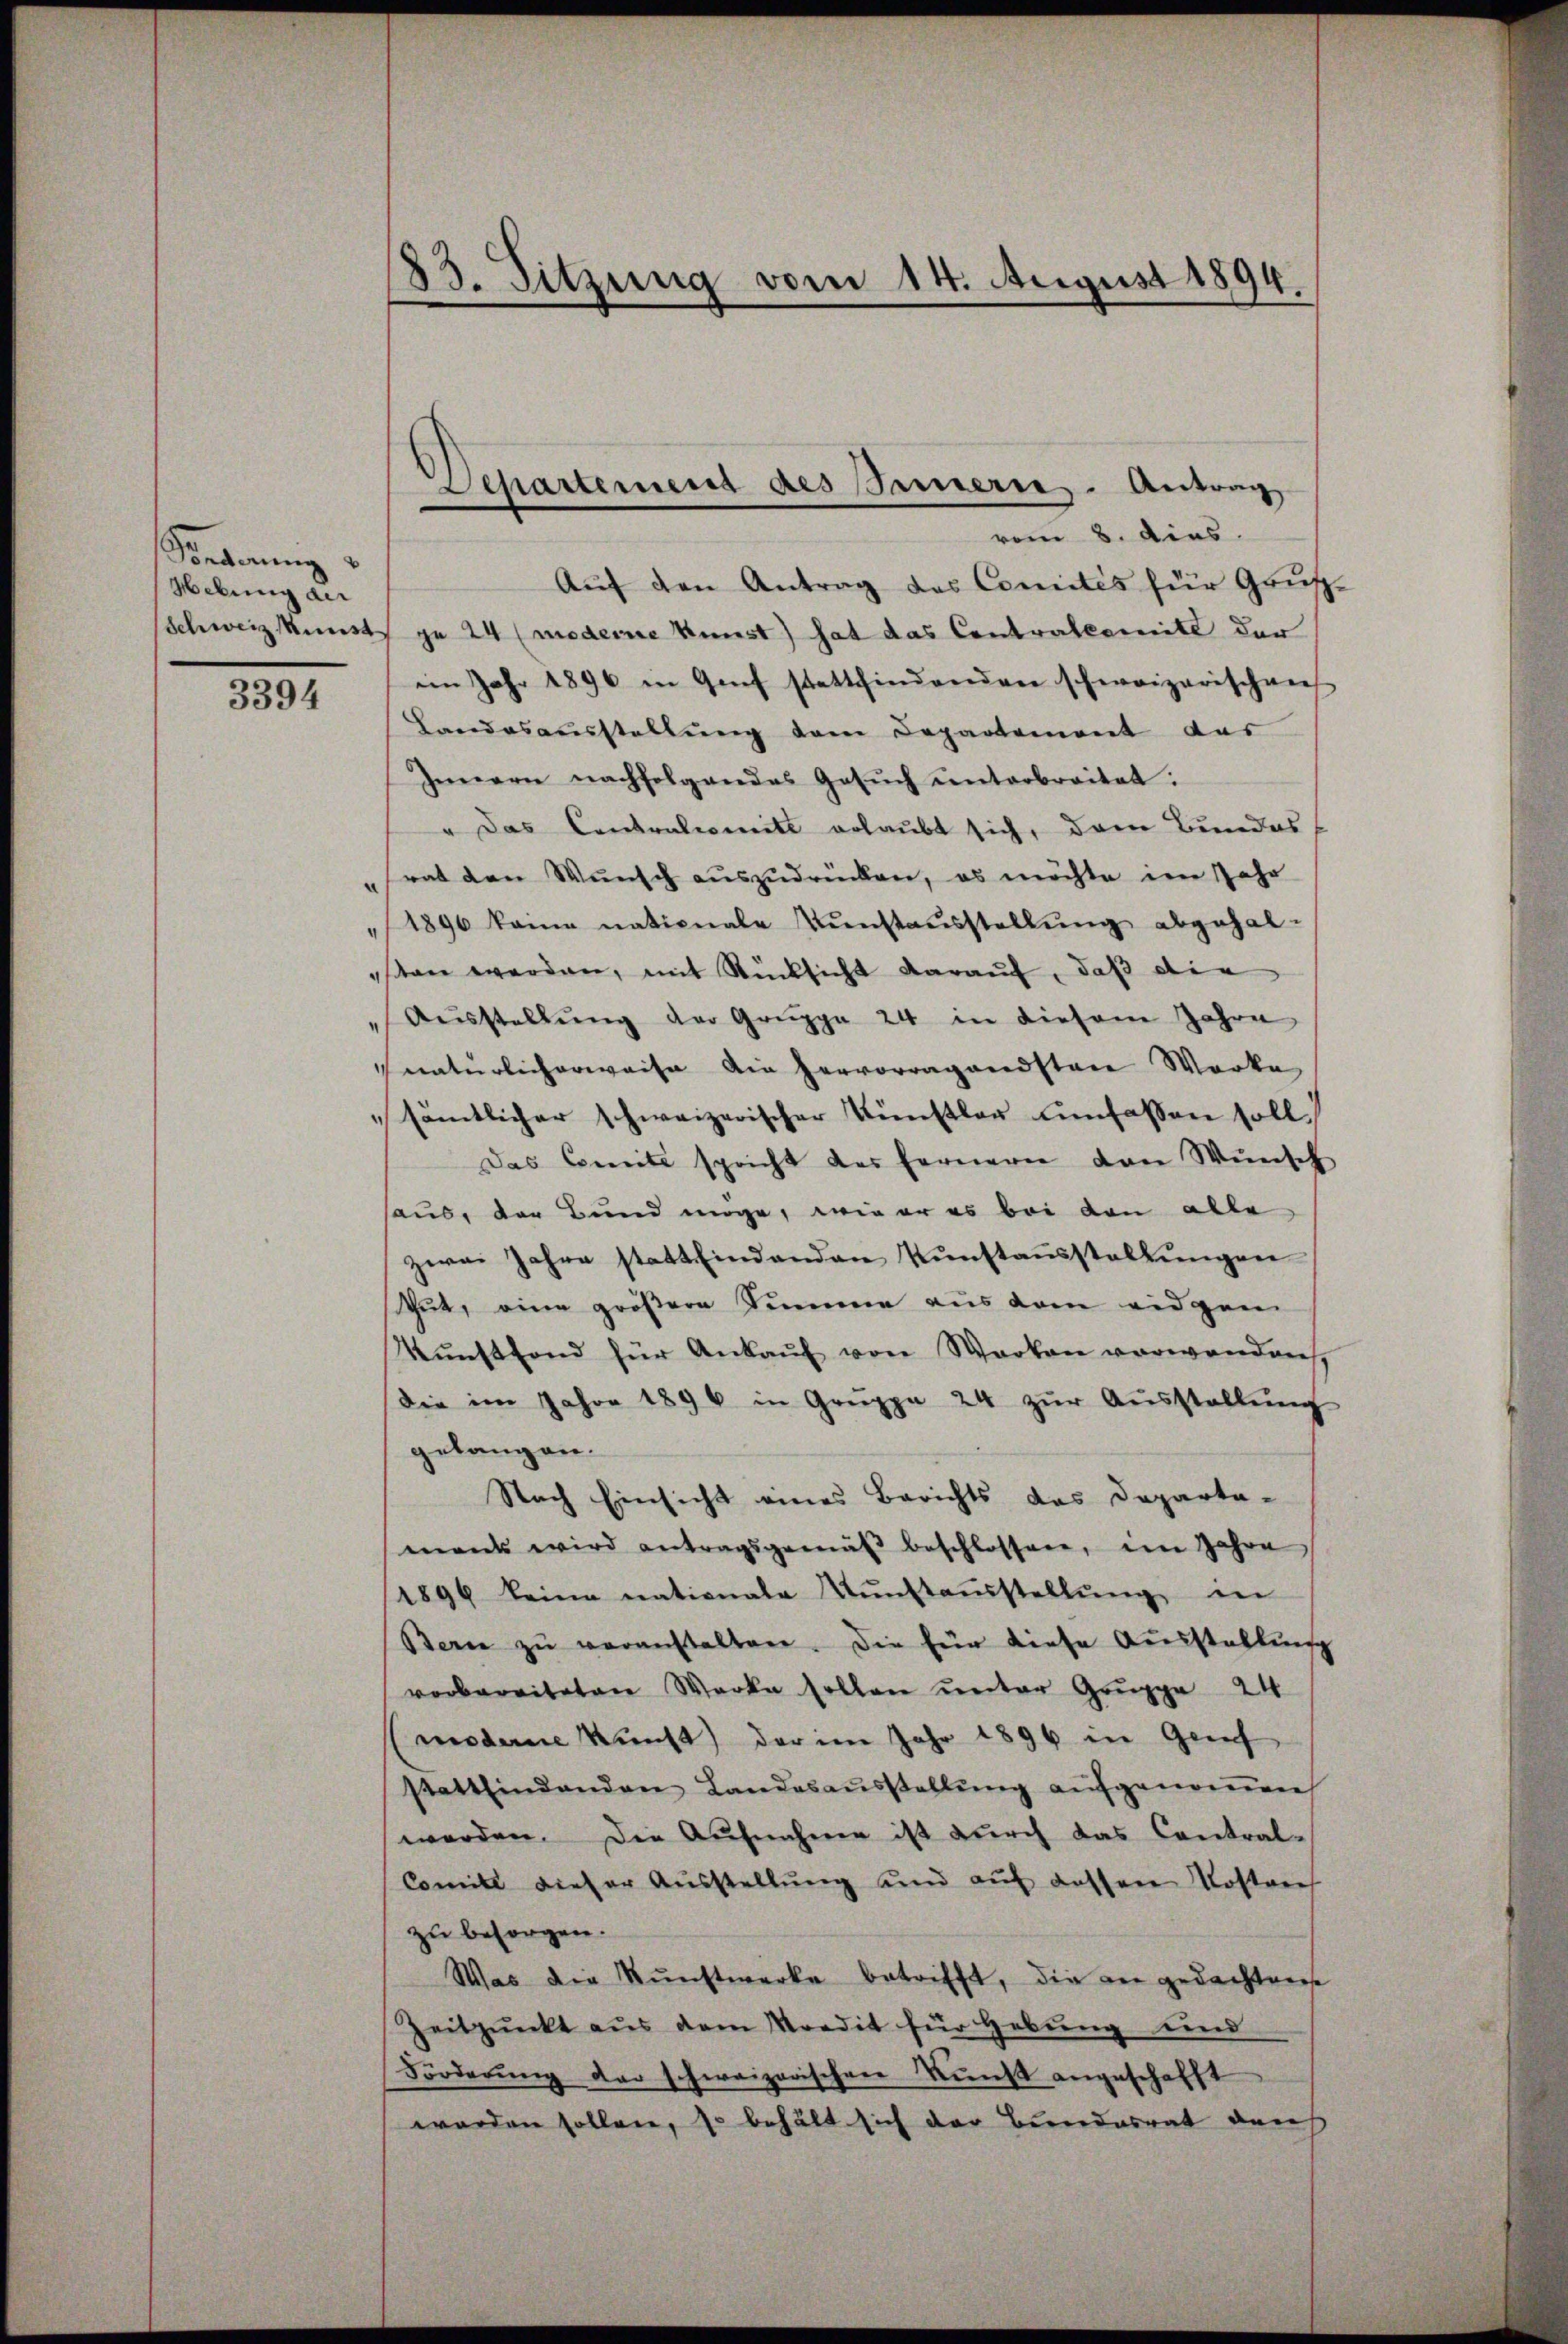
Vorderung
Hebung der

3394

183. Sitzung vom 14. August 1894.

Aŭf den Antrag des Comités für Gruf-
Schweiz. Kunst je 24 (moderne Kunst) hat das Contralcomite der
im Jahr 1896 in Genf stattfindenden schweizerischen
Landesausstellŭng dem Departement des
Innern nachfolgendes Gesŭch ŭnterbreitet.
" Das Contralcomite erlaubt sich, dem Bundes
rat den Wunsch auszudrücken, es möchte im Jahr
1890 keine nationale Kŭnstausstellŭng abgehal-
sten werden, mit Rücksicht darauf, daß die
Aŭsstellŭng der Gruppe 24 in diesem Jahre
natürlicherweise die hervorragandsten Werke
sämtlicher schweizerischer Künstler umfassen soll.
Das Comite spricht des fernerer von Wŭnsch
haus, der Bund möge, wie er es bei von alle
zwai Jahre statt findenden Tŭnstausstellŭngen
thut, eine größere Summe aus dem eidgen
Kŭnstfond für Ankaŭf von Warten verwenden,
Die im Jahre 1896 in Gruppe 24 zŭr Aŭsstellŭng
gelangen.
Nach Einsicht eines Berichts das Departa-
mant wird antragsgemäβ beschlossen, im Jahre
1894 keine nationale Kŭnstaŭsstellŭng in
Bern zŭ veranstalten. Die für diese Ausstellŭng
vorbereiteten Werke sollen unter Gruppe 24
moderne Kunst) der im Jahr 1896 in Greif
stattfindenden Landesaŭsstellŭng aŭfgenoṁen
werden. Die Aufnahme ist durch das Contral-
Comite dieser Aŭsstellŭng und aŭf dessen Kostens
zu besorgen.
Was die Kunstwerke betrifft, die der gedachtens
Zeitpunkt aŭs dem Stredit für Hebŭng und
Forderŭng der schweizerischen Kunst angeschafft
worden sollen, so behält sich der Bundesrat darch

Separtement des Jamerie - Antrag
vom 8. dies